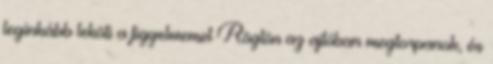
leginkább leköti a figyelmemet Rögtön az ajtóban megtorpanok, és